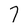
Character: 7